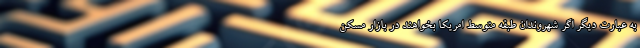
به عبارت دیگر اگر شهروندان طبقه متوسط امریکا بخواهند در بازار مسکن